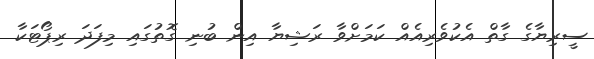
ސީރިޔާގެ ގާތް އެކުވެރިއެއް ކަމަށްވާ ރަޝިޔާ އިން ބުނި ގޮތުގައި މިފަދަ ރިޕޯޓަކާ